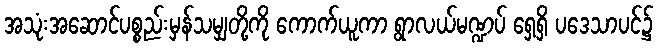
အသုံးအဆောင်ပစ္စည်းမှန်သမျှတို့ကို ကောက်ယူကာ ရွာလယ်မဏ္ဍပ် ရှေ့ရှိ ပဒေသာပင်၌